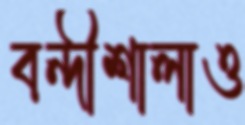
বন্দীশালাও